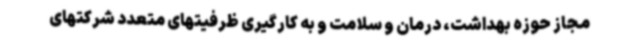
مجاز حوزه بهداشت، درمان و سلامت و به کارگیری ظرفیتهای متعدد شرکتهای